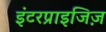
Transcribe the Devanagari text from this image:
इंटरप्राइजिज़